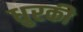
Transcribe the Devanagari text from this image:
धुरकी